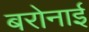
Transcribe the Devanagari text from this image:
बरोनाई